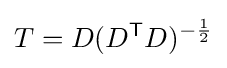
T=D(D^{\mathsf {T}}D)^{-{\frac {1}{2}}}